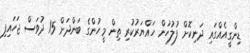
ޑިންގީއެއްގައި ދަނިކޮށް ފުލުހުން ހައްޔަރުކުރި ތިން މީހުންގެ ބަންދަށް 15 ދުވަސް ޖަހައިފި